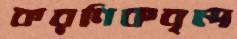
করণিকবৃন্দ